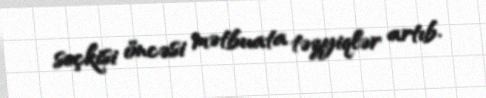
seçkisi öncəsi mətbuata təzyiqlər artıb.